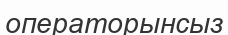
операторынсыз